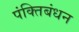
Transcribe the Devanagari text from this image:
पंक्तिबंधन